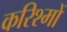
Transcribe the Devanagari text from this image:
करिश्मों